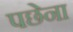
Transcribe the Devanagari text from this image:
पछेना